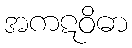
အကဋဝိဓာ